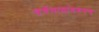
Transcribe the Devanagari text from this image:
वर्गनावांवरुनच